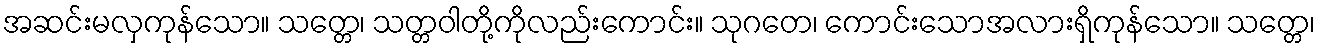
အဆင်းမလှကုန်သော။ သတ္တေ၊ သတ္တဝါတို့ကိုလည်းကောင်း။ သုဂတေ၊ ကောင်းသောအလားရှိကုန်သော။ သတ္တေ၊